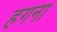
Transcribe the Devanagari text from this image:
हगना